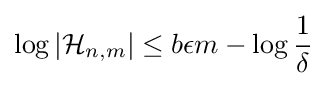
\log |{\mathcal {H}}_{n,m}|\leq b\epsilon m-\log {\frac {1}{\delta }}